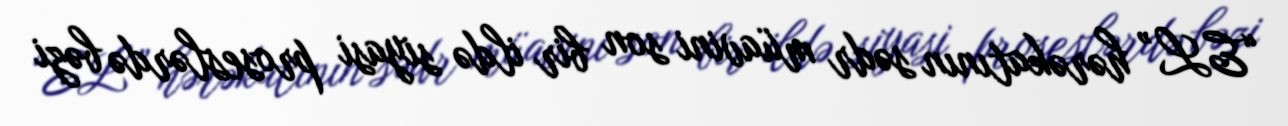
“EL” hərəkatının sədr müavini son bir ildə siyasi proseslərdə bəzi